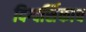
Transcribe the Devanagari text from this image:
दिग्दर्शिकाच